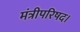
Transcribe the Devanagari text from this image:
मंत्रीपरिषद।